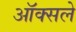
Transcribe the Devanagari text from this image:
ऑक्सले